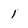
Character: 1